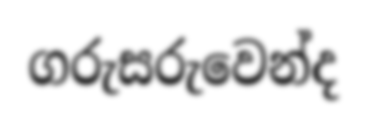
ගරුසරුවෙන්ද